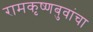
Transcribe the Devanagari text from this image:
रामकृष्णबुवांचा